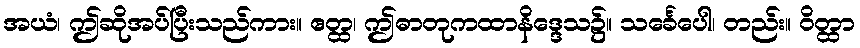
အယံ၊ ဤဆိုအပ်ပြီးသည်ကား။ ဧတ္ထ၊ ဤဓာတုကထာနိဒ္ဒေသ၌။ သင်္ခေပေါ၊ တည်း။ ဝိတ္ထာ